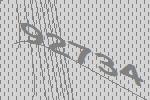
92734